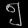
Digit: ၅